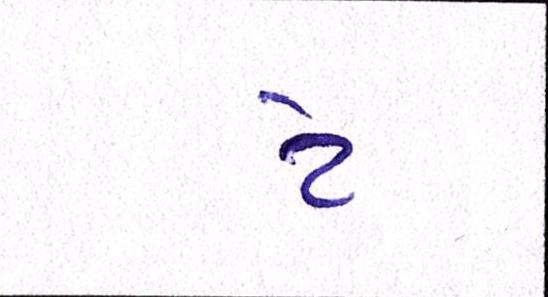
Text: ટે